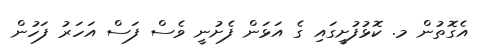
އެގޮތުން މ. ކޮޅުފުށީގައި ގެ އަޅަން ފެށުނީ ވެސް ފަސް އަހަރު ފަހުން